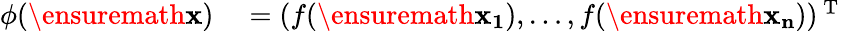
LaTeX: \begin{array}{rl}{\phi(\ensuremath{\mathbf{x}})}&{{}=(f(\ensuremath{\mathbf{x_{1}}}),\dots,f(\ensuremath{\mathbf{x_{n}}}))^{\mathrm{~T~}}}\end{array}